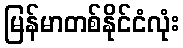
မြန်မာတစ်နိုင်ငံလုံး